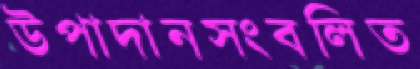
উপাদানসংবলিত